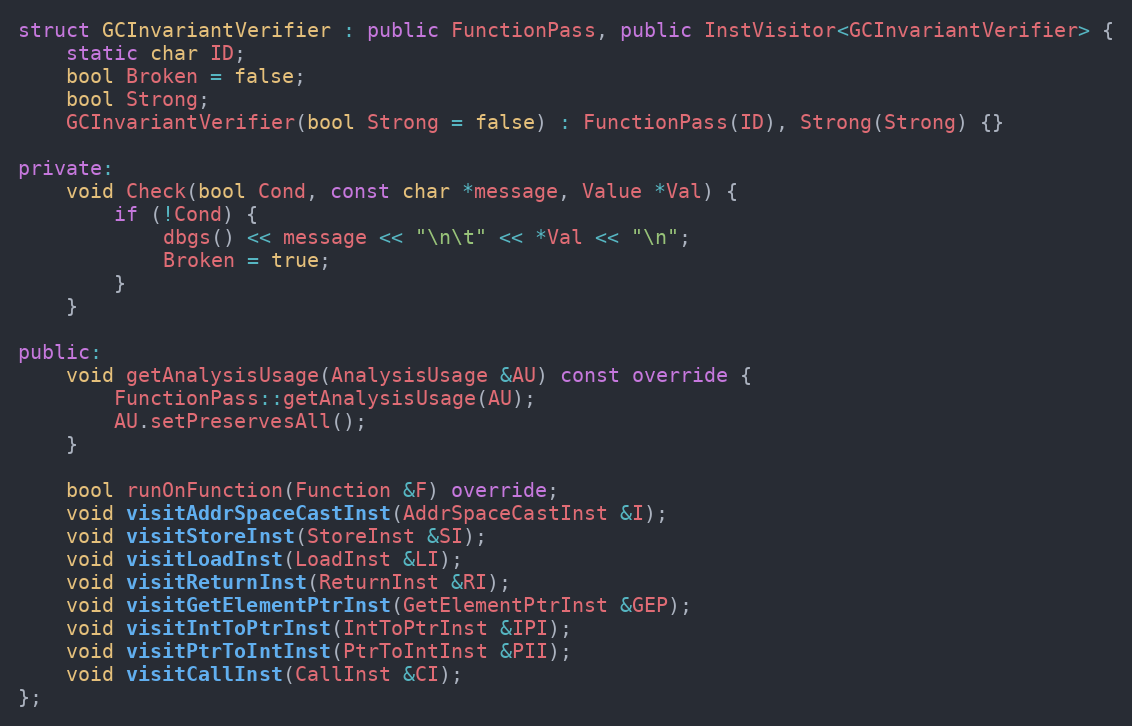
Language: C++
struct GCInvariantVerifier : public FunctionPass, public InstVisitor<GCInvariantVerifier> {
    static char ID;
    bool Broken = false;
    bool Strong;
    GCInvariantVerifier(bool Strong = false) : FunctionPass(ID), Strong(Strong) {}

private:
    void Check(bool Cond, const char *message, Value *Val) {
        if (!Cond) {
            dbgs() << message << "\n\t" << *Val << "\n";
            Broken = true;
        }
    }

public:
    void getAnalysisUsage(AnalysisUsage &AU) const override {
        FunctionPass::getAnalysisUsage(AU);
        AU.setPreservesAll();
    }

    bool runOnFunction(Function &F) override;
    void visitAddrSpaceCastInst(AddrSpaceCastInst &I);
    void visitStoreInst(StoreInst &SI);
    void visitLoadInst(LoadInst &LI);
    void visitReturnInst(ReturnInst &RI);
    void visitGetElementPtrInst(GetElementPtrInst &GEP);
    void visitIntToPtrInst(IntToPtrInst &IPI);
    void visitPtrToIntInst(PtrToIntInst &PII);
    void visitCallInst(CallInst &CI);
};